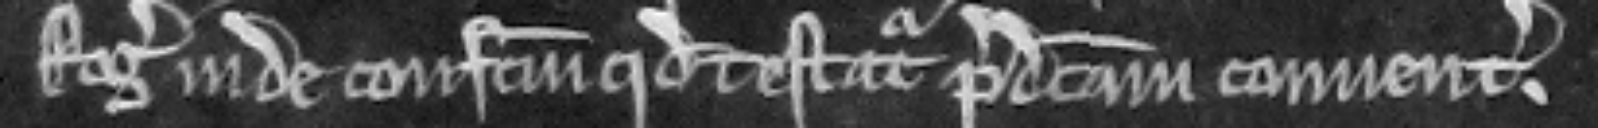
Rogerum inde confectum quod testatur predictam convencionem.